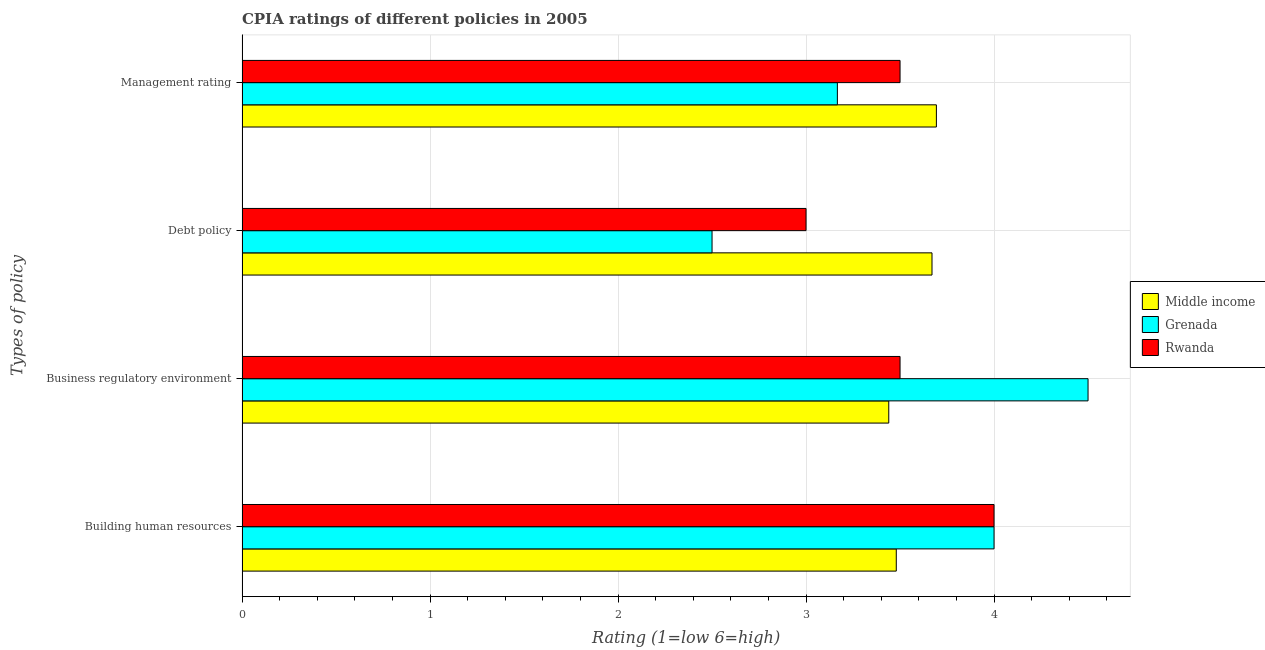
| Types of policy | Middle income | Grenada | Rwanda |
 | --- | --- | --- | --- |
 | Building human resources | 3.48 | 4 | 4 |
 | Business regulatory environment | 3.44 | 4.5 | 3.5 |
 | Debt policy | 3.67 | 2.5 | 3 |
 | Management rating | 3.69 | 3.17 | 3.5 |